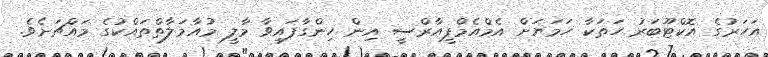
އަހަރުގެ އޮކްޓޫބަރު ހަތަކާ ހަމަޔަށް އެމްއެމްޕީއާރްސީ އިން ހިންގާފައިވާ މާލީ މުއާމަލާތްތައްކުގެ މައްޗަށެވެ.